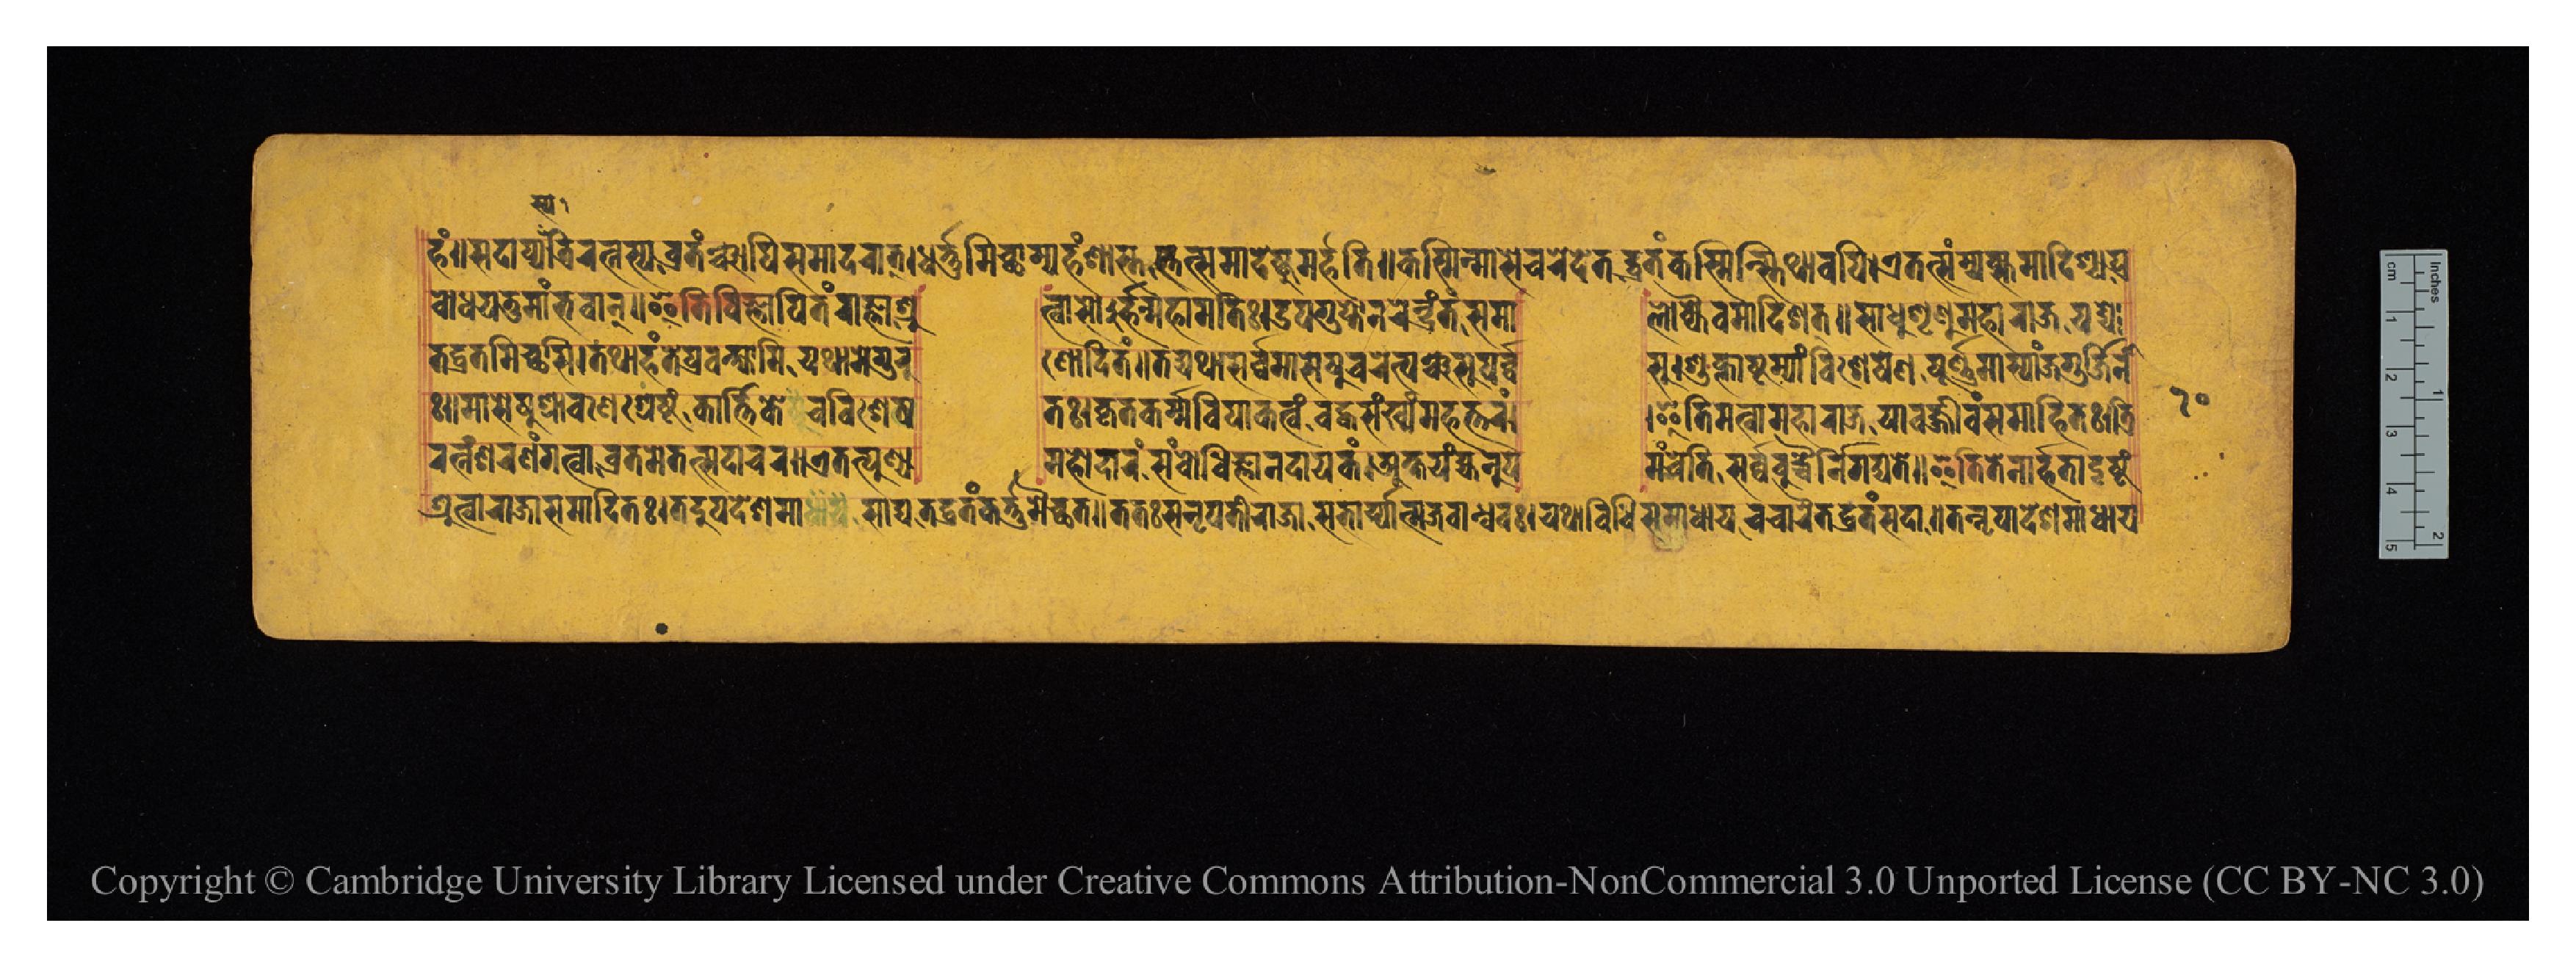
𑐴𑑄𑑌𑐳𑐡𑐵𑐥𑑂𑐫𑐳𑑂𑐫𑐟𑑂𑐬𑐶𑐬𑐟𑑂𑐣𑐳𑑂𑐫𑐰𑑂𑐬𑐟𑐘𑑂𑐔𑐵𑐥𑐶𑐳𑐩𑐵𑐡𑐬𑐵𑐟𑑂𑑋𑐢𑐬𑑂𑐟𑐸𑐩𑐶𑐔𑑂𑐕𑐵𑐩𑑂𑐫𑐴𑑄𑐱𑐵𑐳𑑂𑐟𑐳𑑂𑐟𑐟𑑂𑐳𑐩𑐵𑐡𑐾𑐲𑑂𑐚𑐸𑐩𑐬𑑂𑐴𑐟𑐶𑑌𑐎𑐳𑑂𑐩𑐶𑐣𑑂𑐩𑐵𑐳𑐾𑐔𑐬𑐾𑐡𑐾𑐟𑐡𑑂𑐰𑑂𑐬𑐟𑑄𑐎𑐳𑑂𑐩𑐶𑐣𑑂𑐳𑑂𑐟𑐶𑐠𑐵𑐰𑐥𑐶𑑋𑐊𑐟𑐟𑑂𑐳𑐩𑑂𑐫𑐎𑑂𑐟𑐩𑐵𑐡𑐶𑐱𑑂𑐫𑐥𑑂𑐬 𑐧𑑀𑐢𑐫𑐟𑐸𑐩𑐵𑑄𑐨𑐰𑐵𑐣𑑂𑑌𑐂𑐟𑐶𑐧𑐶𑐖𑑂𑐘𑐵𑐥𑐶𑐟𑑄𑐬𑐵𑐖𑑂𑐘𑐵𑐱𑑂𑐬𑐸  𑐟𑑂𑐰𑐵𑐳𑑀𑐬𑑂𑐴𑐣𑑂𑐩𑐴𑐵𑐩𑐟𑐶𑑅𑑋𑐄𑐥𑐐𑐸𑐥𑑂𑐟𑑀𑐣𑐬𑐾𑐣𑑂𑐡𑑂𑐬𑑄𑐟𑑄𑐳𑐩𑐵  𑐮𑑀𑐎𑑂𑐫𑐿𑐰𑐩𑐵𑐡𑐶𑐱𑐟𑑂𑑌𑐳𑐵𑐢𑐸𑐱𑐺𑐞𑐸𑐩𑐴𑐵𑐬𑐵𑐖𑐫𑐡𑑂𑐫𑐾 𑐟𑐡𑑂𑐰𑑂𑐬𑐟𑐩𑐶𑐔𑑂𑐕𑐳𑐶𑑋𑐟𑐠𑐵𑐴𑑄𑐟𑐾𑐥𑑂𑐬𑐰𑐎𑑂𑐲𑑂𑐫𑐵𑐩𑐶𑐫𑐠𑐵𑐩𑐾𑐐𑐸𑐬𑐸  𑐞𑑀𑐡𑐶𑐟𑑄𑑌𑐟𑐡𑑂𑐫𑐠𑐵𑐳𑐬𑑂𑐰𑑂𑐰𑐩𑐵𑐳𑐾𑐲𑐸𑐔𑐬𑐾𑐟𑑂𑐥𑐘𑑂𑐔𑐳𑐸𑐥𑐬𑑂𑐰𑑂𑐰  𑐳𑐸𑑋𑐱𑐸𑐎𑑂𑐮𑐵𑐲𑑂𑐚𑐩𑑂𑐫𑐵𑑄𑐰𑐶𑐱𑐾𑐲𑐾𑐣𑐥𑐹𑐬𑑂𑐞𑐩𑐵𑐳𑑂𑐫𑐵𑑄𑐖𑐐𑐸𑐬𑑂𑐖𑐶𑐣 𑑅𑑋𑐩𑐵𑐳𑐾𑐲𑐸𑐱𑑂𑐬𑑀𑐰𑐞𑐾𑐱𑑂𑐬𑐾𑐲𑑂𑐛𑑄𑐎𑐵𑐬𑑂𑐟𑐶𑐎𑐾𑐔𑐰𑐶𑐱𑐾𑐲  𑐟𑑅𑑋𑐎𑐺𑐟𑐎𑐬𑑂𑐩𑐿𑐰𑐶𑐥𑐵𑐎𑐟𑑂𑐰𑑄𑐧𑐡𑑂𑐢𑐳𑑄𑐏𑑂𑐫𑑄𑐩𑐴𑐟𑑂𑐟𑐬𑑄𑑌  𑐂𑐟𑐶𑐩𑐟𑑂𑐰𑐵𑐩𑐴𑐵𑐬𑐵𑐖𑐫𑐵𑐰𑐖𑑂𑐖𑐷𑐰𑑄𑐳𑐩𑐵𑐴𑐶𑐟𑑅𑑋𑐟𑑂𑐬𑐶 𑐬𑐟𑑂𑐣𑑄𑐱𑐬𑐞𑑄𑐐𑐟𑑂𑐰𑐵𑐰𑑂𑐬𑐟𑐩𑐾𑐟𑐟𑑂𑐳𑐡𑐵𑐔𑐬𑑌𑐊𑐟𑐟𑑂𑐥𑐸𑐞𑑂𑐫  𑐩𑐴𑑀𑐡𑐵𑐬𑑄𑐳𑑄𑐧𑑀𑐢𑐶𑐖𑑂𑐘𑐵𑐣𑐡𑐵𑐫𑐎𑑄𑑋𑐀𑐎𑑂𑐲𑐫𑑄𑐴𑑂𑐫𑐣𑐸𑐥  𑐩𑑄𑐔𑐾𑐟𑐶𑐳𑐬𑑂𑐰𑑂𑐰𑐧𑐸𑐡𑑂𑐢𑐿𑐬𑑂𑐣𑐶𑐐𑐡𑑂𑐫𑐟𑐾𑑌𑐂𑐟𑐶𑐟𑐾𑐣𑐵𑐬𑑂𑐴𑐟𑐵𑐡𑐶𑐲𑑂𑐚𑑄 𑐱𑑂𑐬𑐸𑐟𑑂𑐰𑐵𑐬𑐵𑐖𑐵𑐳𑐩𑑀𑐡𑐶𑐟𑑅𑑋𑐟𑐡𑐸𑐥𑐡𑐾𑐱𑐩𑐵𑐳𑐵𑐢𑑂𑐫𑐟𑐡𑑂𑐰𑑂𑐬𑐟𑑄𑐎𑐬𑑂𑐟𑐸𑐩𑐿𑐔𑑂𑐕𑐟𑑌𑐟𑐟𑑅𑐳𑐣𑐺𑐥𑐟𑐶𑐬𑐵𑐖𑐵𑐳𑐨𑐬𑑂𑐫𑐵𑐟𑑂𑐩𑐖𑐧𑐵𑐣𑑂𑐢𑐰𑑅𑑋𑐫𑐠𑐵𑐰𑐶𑐢𑐶𑐳𑐩𑐵𑐢𑐵𑐫𑐔𑐔𑐵𑐬𑐿𑐟𑐡𑑂𑐰𑑂𑐬𑐟𑑄𑐳𑐡𑐵𑑌𑐟𑐣𑑂𑐣𑐺𑐥𑐵𑐡𑐾𑐱𑐩𑐵𑐢𑐵𑐫 𑑑𑑐